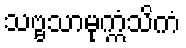
သဗ္ဗသာမုက္ကံသိကံ